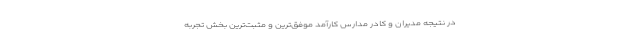
در نتیجه مدیران و کادر مدارس کارآمد موفق‌ترین و مثبت‌ترین بخش تجربه